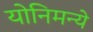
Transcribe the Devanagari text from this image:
योनिमन्ये